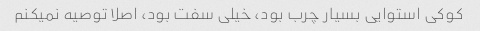
کوکی استوایی بسیار چرب بود، خیلی سفت بود، اصلا توصیه نمیکنم